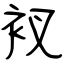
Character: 衩